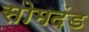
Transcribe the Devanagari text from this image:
सोमदंड